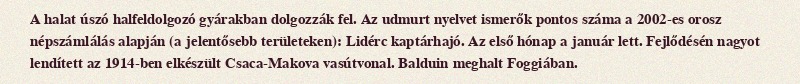
A halat úszó halfeldolgozó gyárakban dolgozzák fel. Az udmurt nyelvet ismerők pontos száma a 2002-es orosz népszámlálás alapján (a jelentősebb területeken): Lidérc kaptárhajó. Az első hónap a január lett. Fejlődésén nagyot lendített az 1914-ben elkészült Csaca-Makova vasútvonal. Balduin meghalt Foggiában.